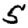
Digit: 5